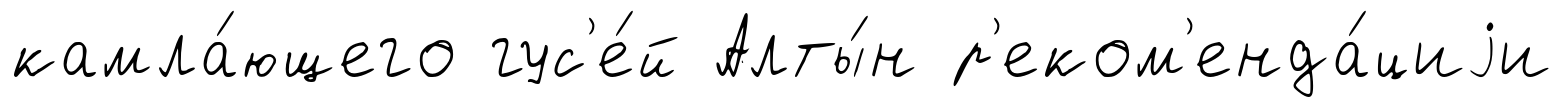
камла́ющего гус'е́й Алты́н р'еком'енда́циjи